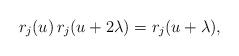
LaTeX: \begin{align*}r_j(u) \, r_j(u+2\lambda)=r_j(u+\lambda),\end{align*}